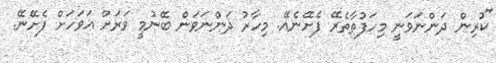
"ކުރިން ދަންނަވަނީ މިހަފުތާތެރޭ ފެށޭނެއޭ. މިހާރު ދަންނަވަން ބޭނުމީ ވަރަށް އަވަހަށް ފެށޭނޭ.